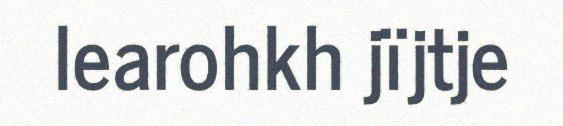
learohkh jïjtje